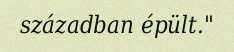
században épült."